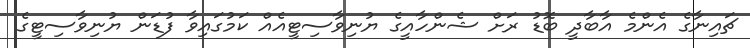
ޗައިނާގެ އެންމެ އާބާދީ ބޮޑު ރަށް ޝެންހާއީގެ ޔުނިވާސިޓީއެއް ކަމުގައިވާ ފުޑަން ޔުނިވާސިޓީގެ